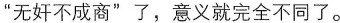
“无奸不成商”了，意义就完全不同了。